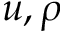
u , \rho